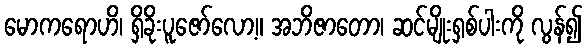
မောကရောဟိ၊ ရှိခိုးပူဇော်လော့။ အဘိဇာတော၊ ဆင်မျိုးရှစ်ပါးကို လွန်၍